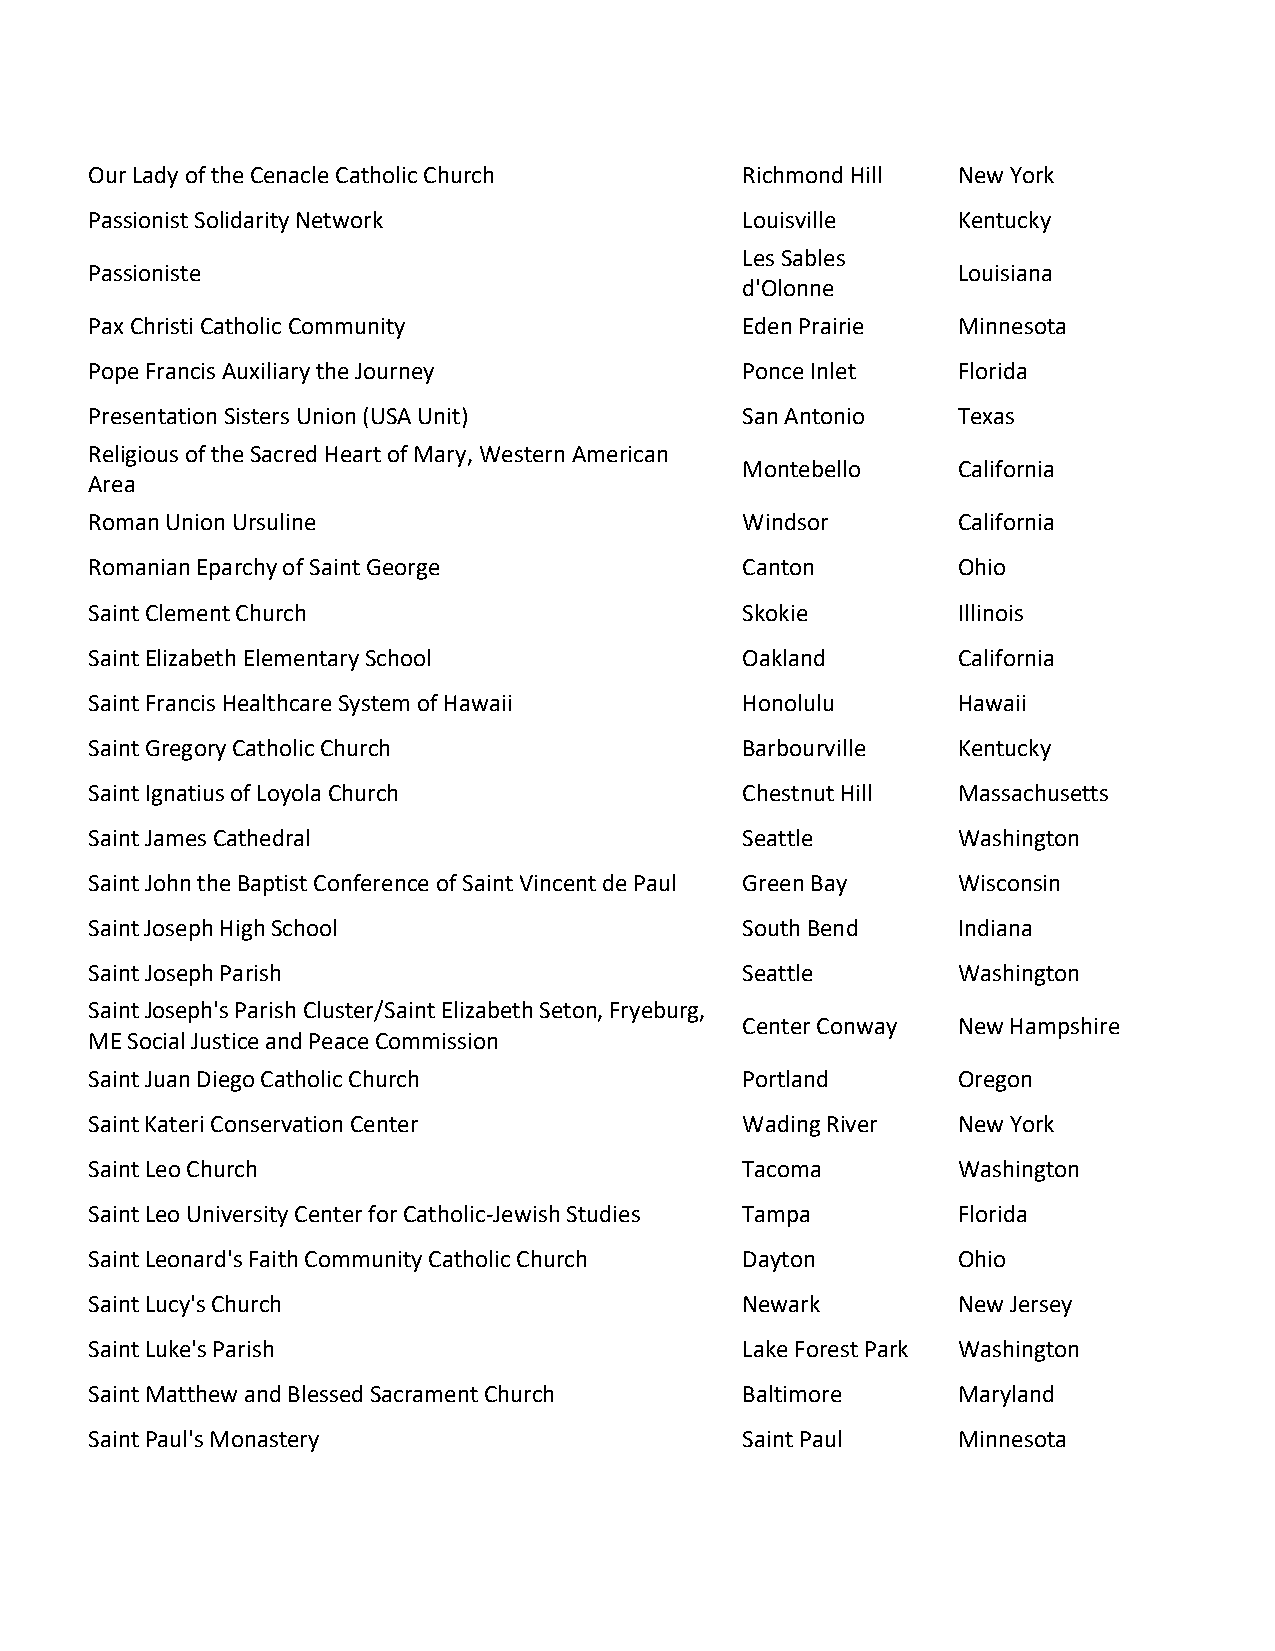
Our Lady of the Cenacle Catholic Church    Richmond Hill New York
 Passionist Solidarity Network              Louisville    Kentucky
 Les Sables
 Passioniste                                              Louisiana
 d'Olonne
 Pax Christi Catholic Community             Eden Prairie  Minnesota
 Pope Francis Auxiliary the Journey         Ponce Inlet   Florida
 Presentation Sisters Union (USA Unit)      San Antonio   Texas
 Religious of the Sacred Heart of Mary, Western American
 Montebello    California
 Area
 Roman Union Ursuline                       Windsor       California
 Romanian Eparchy of Saint George           Canton        Ohio
 Saint Clement Church                       Skokie        Illinois
 Saint Elizabeth Elementary School          Oakland       California
 Saint Francis Healthcare System of Hawaii  Honolulu      Hawaii
 Saint Gregory Catholic Church              Barbourville  Kentucky
 Saint Ignatius of Loyola Church            Chestnut Hill Massachusetts
 Saint James Cathedral                      Seattle       Washington
 Saint John the Baptist Conference of Saint Vincent de Paul Green Bay Wisconsin
 Saint Joseph High School                   South Bend    Indiana
 Saint Joseph Parish                        Seattle       Washington
 Saint Joseph's Parish Cluster/Saint Elizabeth Seton, Fryeburg,
 Center Conway New Hampshire
 ME Social Justice and Peace Commission
 Saint Juan Diego Catholic Church           Portland      Oregon
 Saint Kateri Conservation Center           Wading River  New York
 Saint Leo Church                           Tacoma        Washington
 Saint Leo University Center for Catholic-Jewish Studies Tampa Florida
 Saint Leonard's Faith Community Catholic Church Dayton   Ohio
 Saint Lucy's Church                        Newark        New Jersey
 Saint Luke's Parish                        Lake Forest Park Washington
 Saint Matthew and Blessed Sacrament Church Baltimore     Maryland
 Saint Paul's Monastery                     Saint Paul    Minnesota